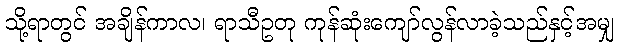
သို့ရာတွင် အချိန်ကာလ၊ ရာသီဥတု ကုန်ဆုံးကျော်လွန်လာခဲ့သည်နှင့်အမျှ